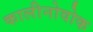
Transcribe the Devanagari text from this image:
कालीनोवोक